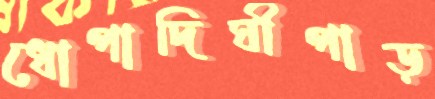
ধোপাদিঘীপাড়